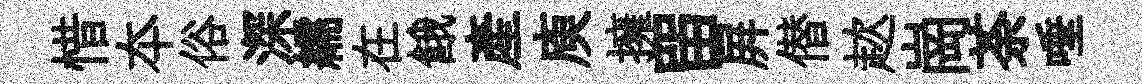
惜夲俗深繻在餓産庾擁㽞屛僣趑崗荼唾